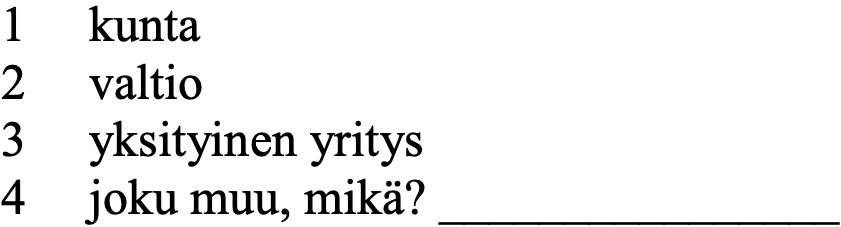
1  kunta 2  valtio 3  yksityinen yritys 4  joku muu, mikä? ________________